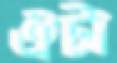
ঐটা